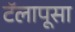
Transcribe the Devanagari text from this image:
टॅलापूसा